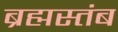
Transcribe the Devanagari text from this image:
ब्रह्मस्तंब